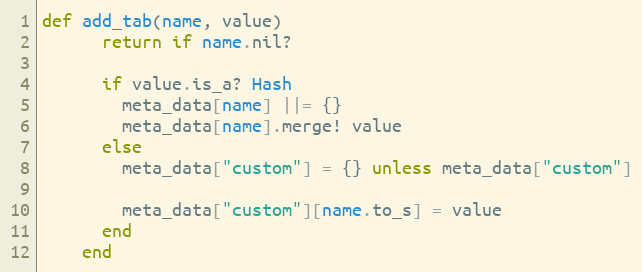
Language: Ruby
def add_tab(name, value)
      return if name.nil?

      if value.is_a? Hash
        meta_data[name] ||= {}
        meta_data[name].merge! value
      else
        meta_data["custom"] = {} unless meta_data["custom"]

        meta_data["custom"][name.to_s] = value
      end
    end